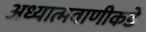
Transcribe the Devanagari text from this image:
अध्यात्मवाणीकडे